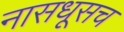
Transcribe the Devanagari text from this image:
नासधूसच